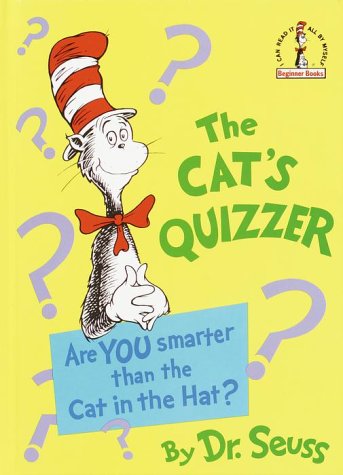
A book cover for The Cat's Quizzer (Beginner Books(R)); Dr. Seuss; Children's Books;